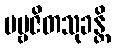
ပဗ္ဗဇိတသုခန္တိ